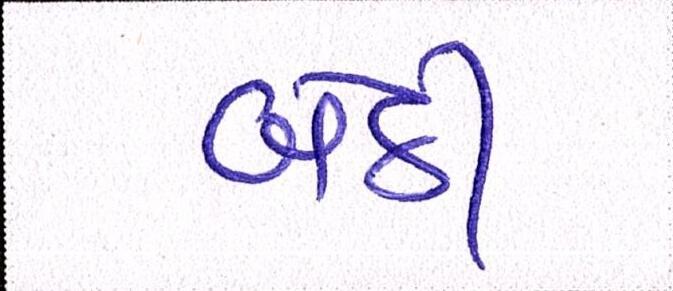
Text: બેઠી